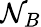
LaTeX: \mathcal{N}_{B}